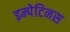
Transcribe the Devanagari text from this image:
इम्पेटिनस